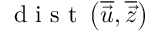
\mathrm { ~ d ~ i ~ s ~ t ~ } \left( \overline { { \vec { u } } } , \overline { { \vec { z } } } \right)